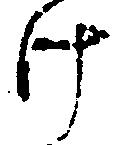
け